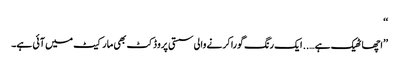
‘‘
’’اچھا ٹھیک ہے….. ایک رنگ گورا کرنے والی سستی پروڈکٹ بھی مارکیٹ میں آئی ہے۔